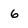
Character: 6